Tartu_pedagoogiumi_aruanded, lk 32
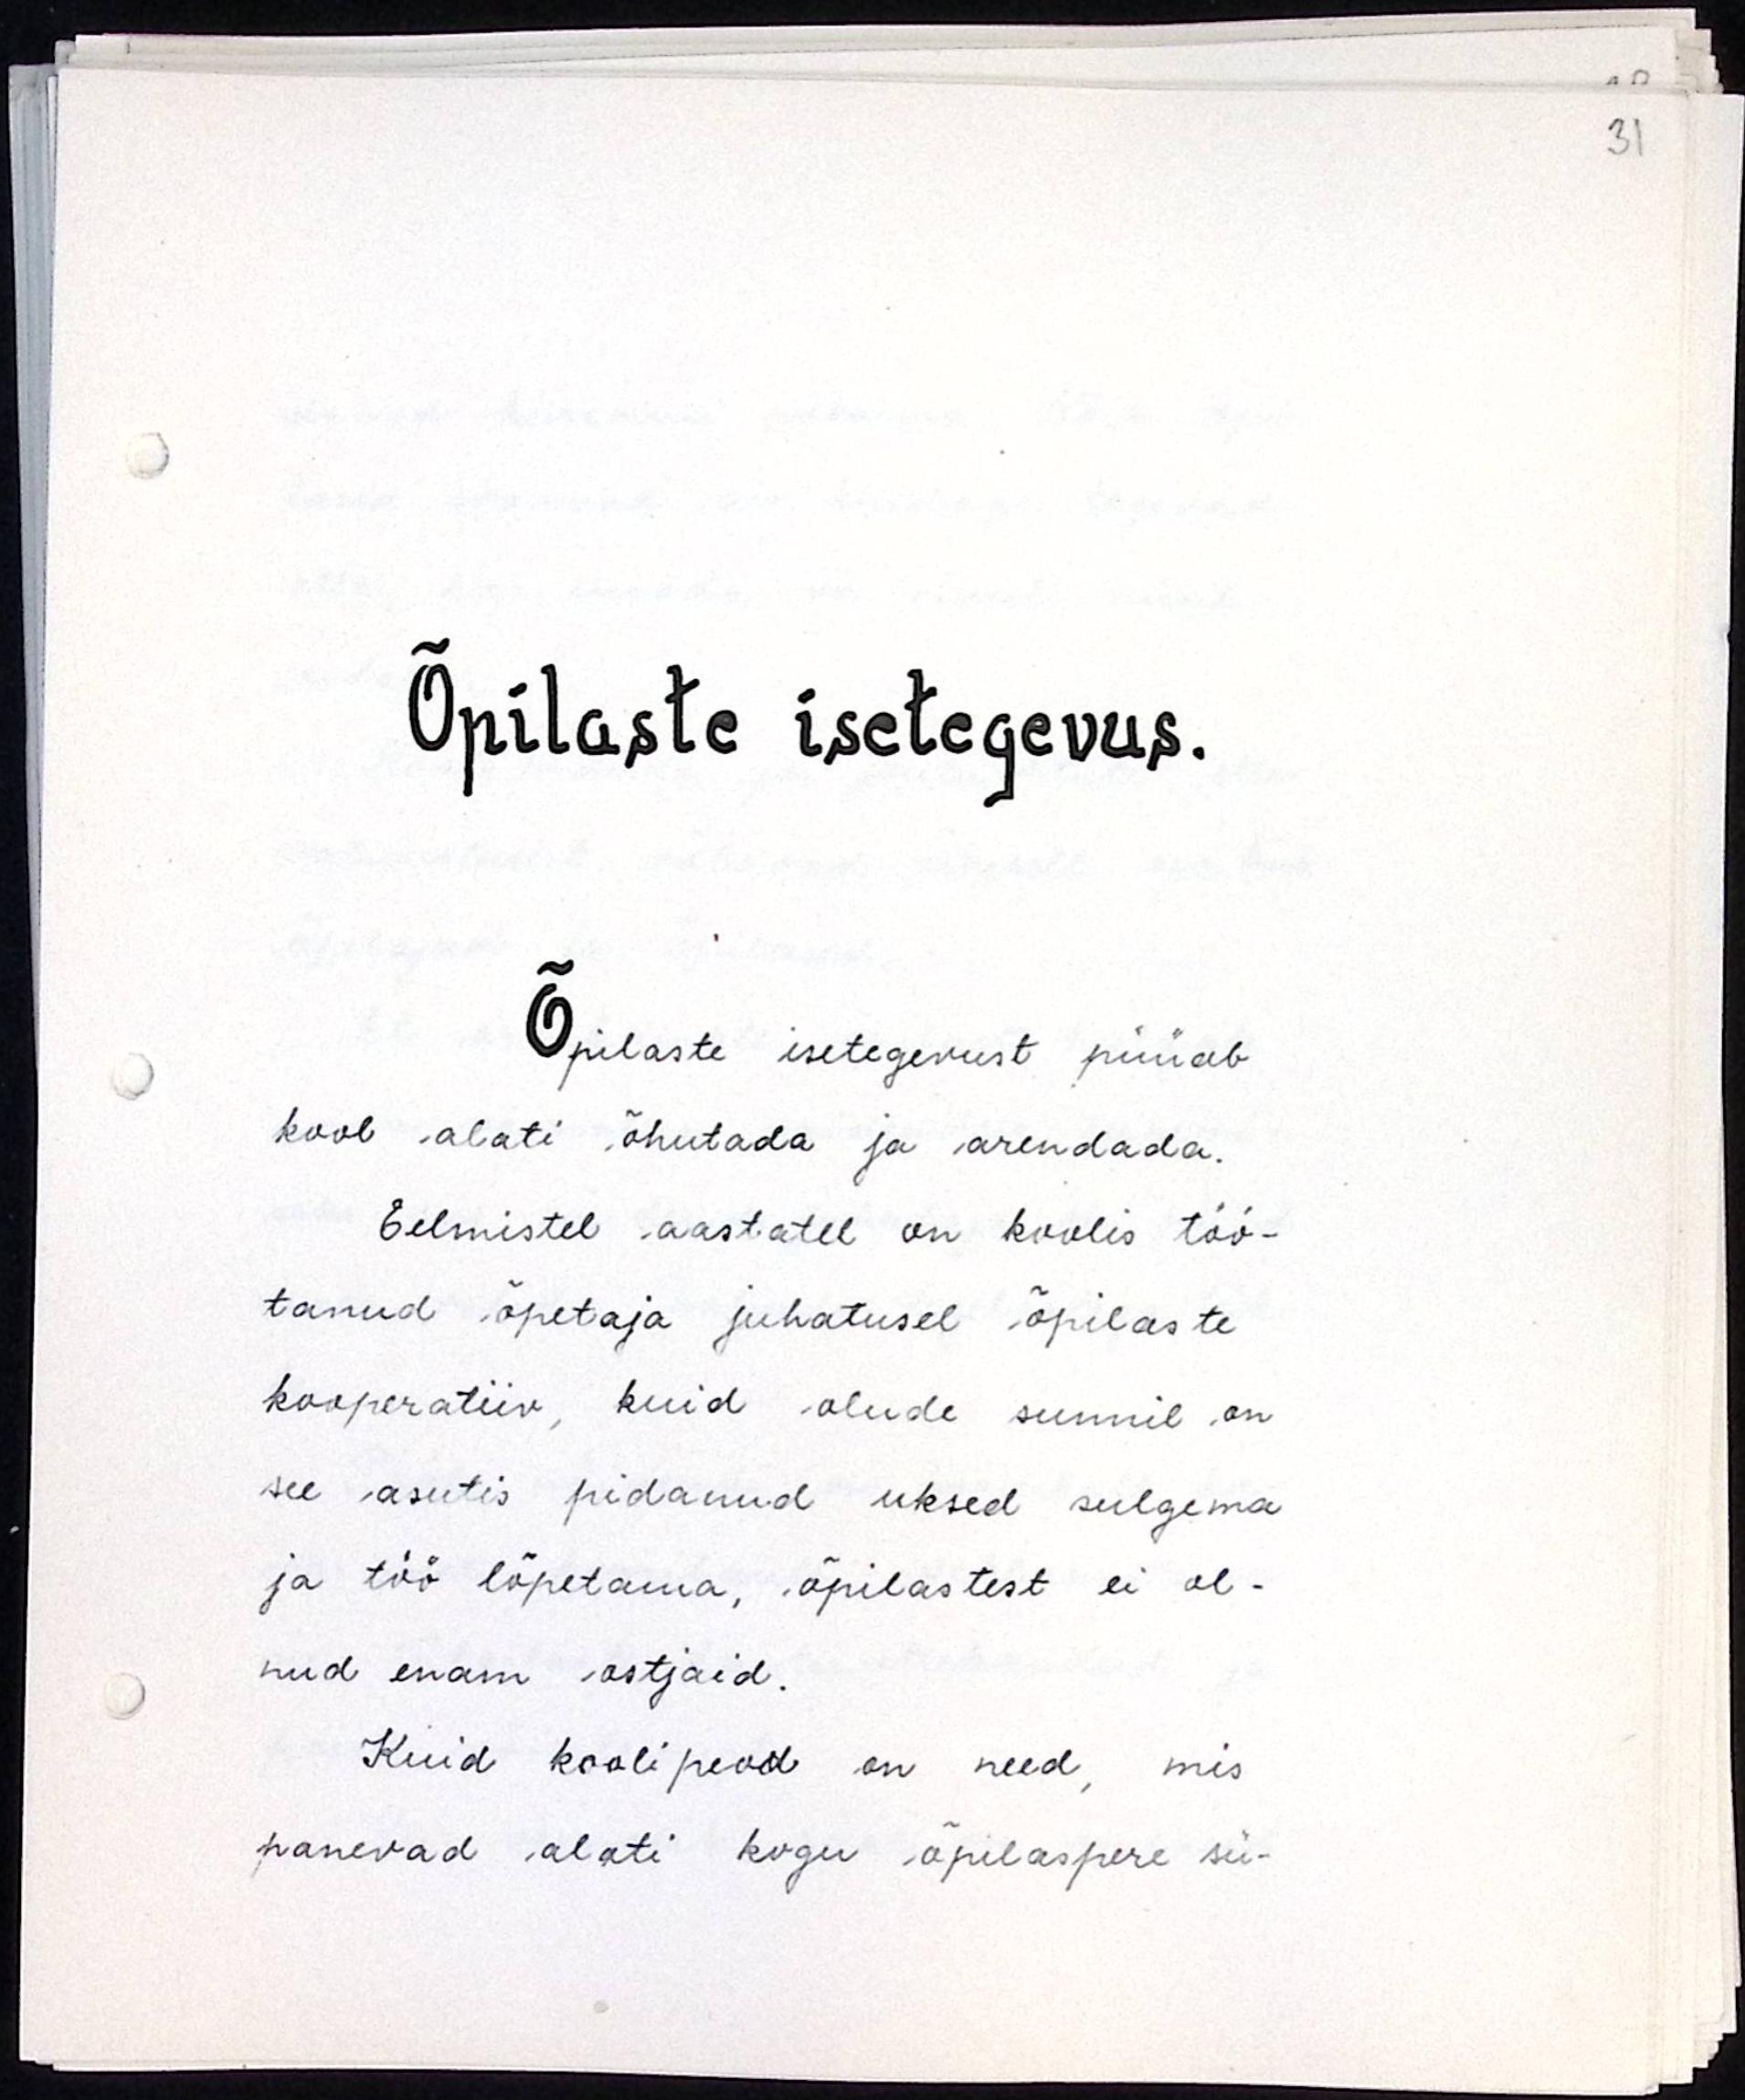
Õpilaste isetegevus.
Õpilaste isetegevust püüab
kool alati õhutada ja arendada.
Eelmistel aastatel on koolis töö-
tanud õpetaja juhatusel õpilaste
kooperatiiv, kuid olude sunnil on
see asutis pidanud uksed sulgema
ja töö lõpetama, õpilastest ei ol-
nud enam ostjaid.
Kuid koolipeod on need, mis
panevad alati kogu õpilaspere sü-